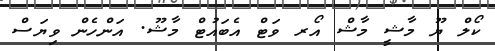
ކޯލް ޔޫ މާޝީ މާޝް އޯރ ވަޓް އެބައުޓް މާޝޫ. އަންހެން ވިޔަސް